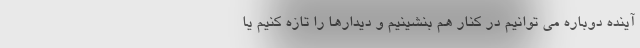
آینده دوباره می توانیم در کنار هم بنشینیم و دیدارها را تازه کنیم یا